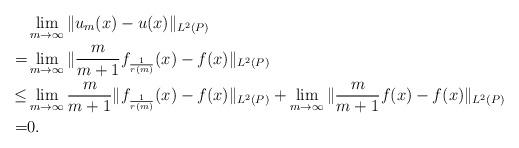
LaTeX: \begin{align*}& \lim_{m \to \infty} \| u_m(x) - u(x) \|_{L^2(P)} \\=& \lim_{m \to \infty} \|\frac{m}{m+1} f_{\frac{1}{r(m)}} (x) - f(x) \|_{L^2(P)}\\\le & \lim_{m \to \infty} \frac{m}{m+1} \| f_{\frac{1}{r(m)}} (x) - f(x) \|_{L^2(P)} + \lim_{m \to \infty} \|\frac{m}{m+1} f(x) - f(x) \|_{L^2(P)}\\=& 0.\end{align*}